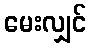
မေးလျှင်